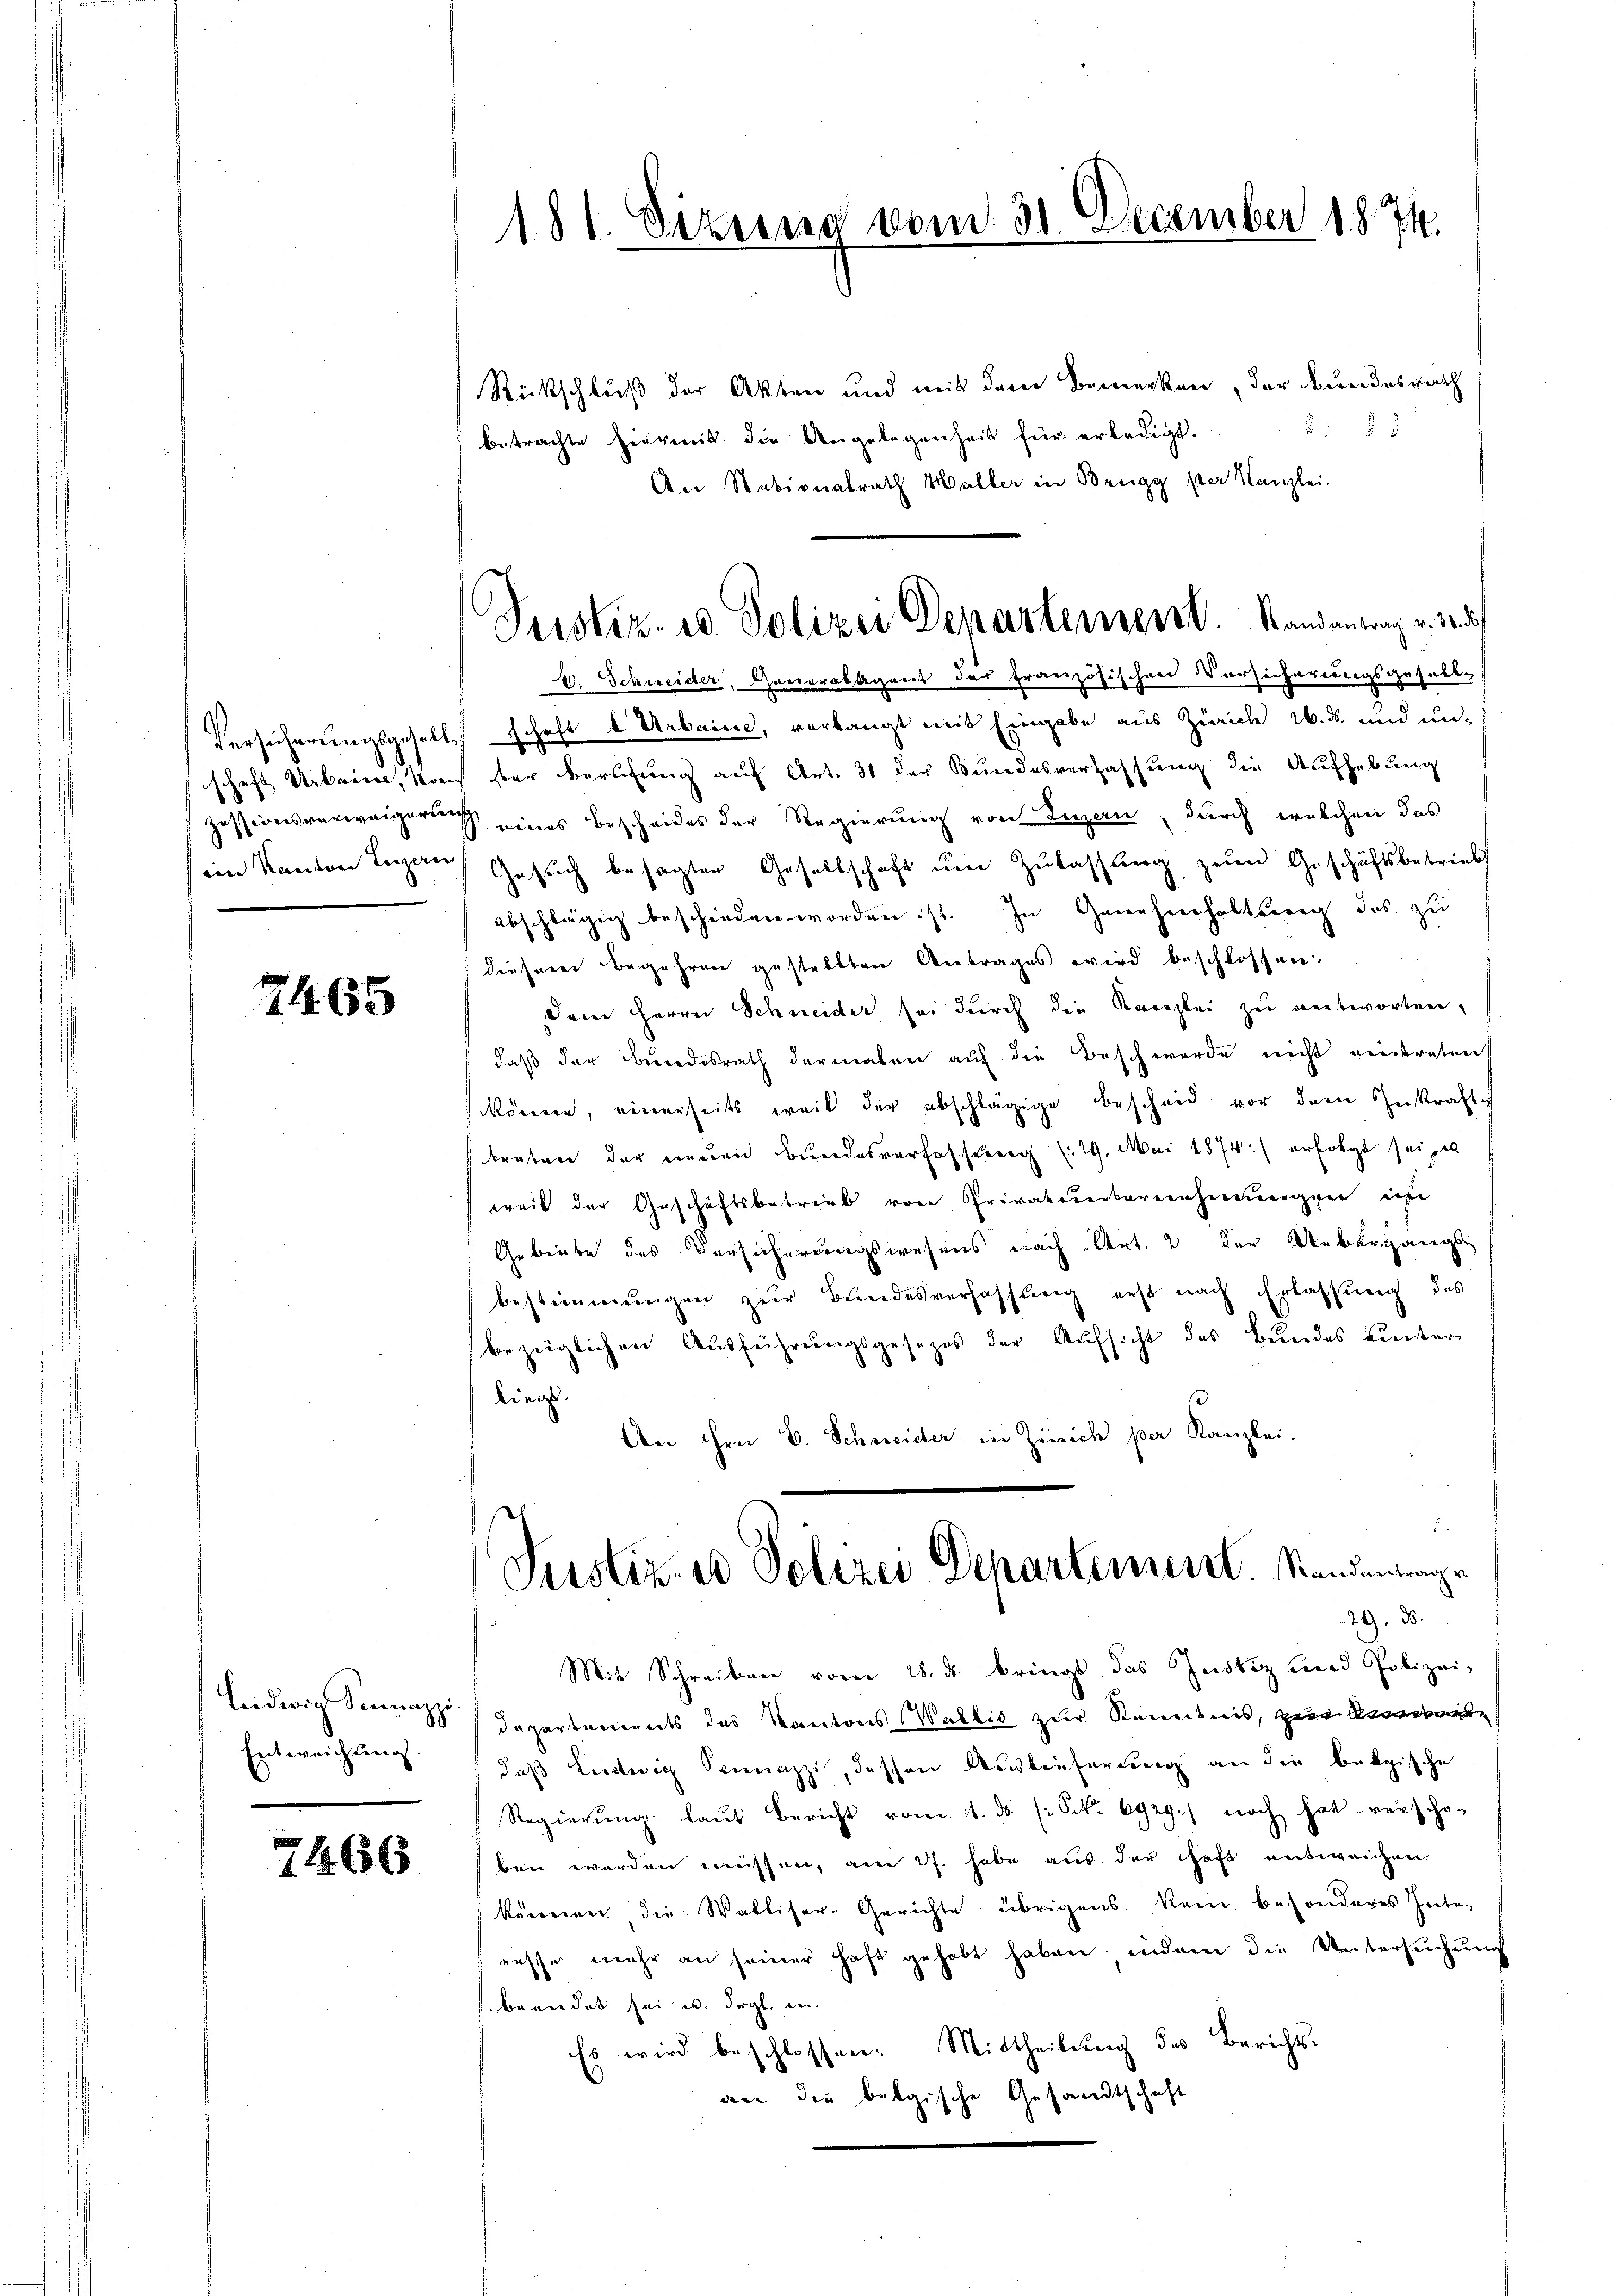
ien Kanton Luzern

7465

Ludwig Sonnazzi
Entweichung.

7166

181. Sitzung vom 31. December 1874.

Rückschluß der Akten und mit dem Bemerken, der Bundesrath
85 f.
betrachte hierenis die Angelegenheit für erledigt.
An Stationalrath Haller in Brugg ster Kanzlei.
C. Schneider, Generalagent der französischen Vorsicherungsgesalte
Versicherungsgesellschaft b Urbaine, verlangt mit Eingabe aus Zürich 16. d. und unschaft Uibrien, Kauf der berufung auf Art. 31 der Bundesverfassung die Aufhebung
zessionsverweigerung eines Bescheides der Regierung von Luzern, durch welchen das
Gesuch besagten Gesellschaft um Zulassung zum Geschäftsbetriebs
abschlägig beschieden worden ist. In Genehmhaltsang, das zu
diesem Begehren gestellten Antrages wird beschlossen.
Dem Herrn Schneider sei durch die Kanzlei zu antworten,
daß der Bundesrath dermalen auf die Beschwerde nicht eintreten
können, einerseits weil der abschlägige Bescheid vor dem Inkraft
braten der neuen Bundesverfassung (29. Mai 1874) erfolgt sei, u
weit der Geschäftsbetrieb von Privatuerbereinheimerger un
Gebiete des Versicherungswesens nach Art. 2 der Uebergangs-
bestimmungen zur Bundesverfassung erst nach Erlassung des
bezeiglichen Ausführungsgesezes der Aufsicht des Bundes hinter
liege.
An Hrn. B. Schneider in Zürich per Kanzlei.
d
Justiz- & Polizei Departement. Mandantrage
29. 88.
Mit Schreiben vom 28. ds. bringt das Justiz und Polizei-
Departements des Kantons-Wallis zur Kenntnis, zur Anordnete
daß Ludwig Sonnazzi, dessen Auslieferung an die belgische
Regierung laut Bericht vom 1. ds. (: St. 6929.) noch hat verscho-
ben werden müssen, am 27. habe aus der haft entweichen.
können die Walliser-Gerichte übrigens kein besonderes Inte-
resse mehr an seiner haft gehabt haben, indem die Untersŭchŭng
brandet sei u. drgl. in
Es wird beschlossen: Mittheilung des Berichts-
an die belgische Gesandtschaft

Justiz- u. Polizei Departement. Randantrag v. 30. 5